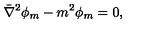
\bar { \nabla } ^ { 2 } \phi _ { m } - m ^ { 2 } \phi _ { m } = 0 ,